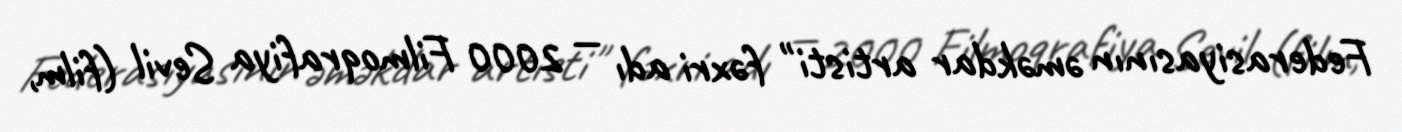
Federasiyasının əməkdar artisti" fəxri adı — 2000 Filmoqrafiya Sevil (film,